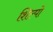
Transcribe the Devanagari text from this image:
शिल्पो